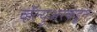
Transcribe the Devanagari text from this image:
व्हॅल्युअरकडून